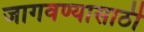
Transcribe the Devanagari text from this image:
जागवण्यासाठी